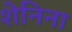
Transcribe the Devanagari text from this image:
शेनिना